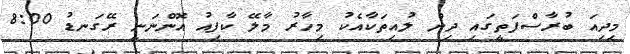
މިދިއަ ބުރާސްފަތީގައި ދިން ލުއިތަކާއެކު މިހާރު މާލޭ ކާފިއު އޮންނަނީ ރޭގަނޑު 8:00